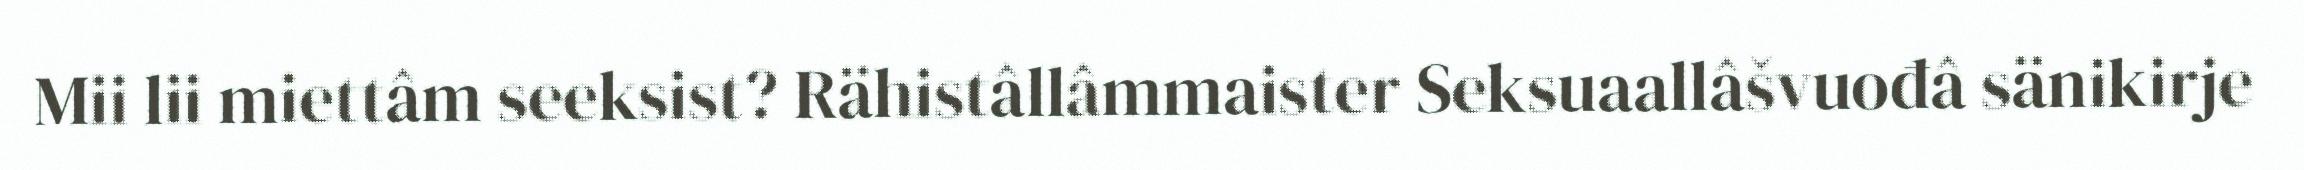
Mii lii miettâm seeksist? Rähistâllâmmaister Seksuaallâšvuođâ sänikirje